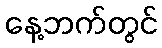
နေ့ဘက်တွင်